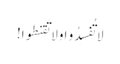
لا تُفسِدُو ا وَلا تَقنطوا!